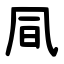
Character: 凬